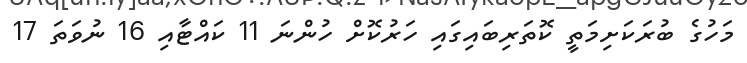
މަހުގެ ބުރަކަށިމަތީ ކޮތަރިބައިގައި ހަރުކޮށް ހުންނަ 11 ކައްޓާއި 16 ނުވަތަ 17